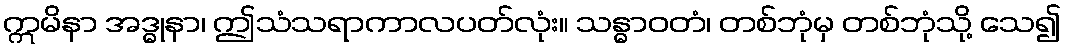
ဣမိနာ အဒ္ဓုနာ၊ ဤသံသရာကာလပတ်လုံး။ သန္ဓာဝတံ၊ တစ်ဘုံမှ တစ်ဘုံသို့ သေ၍